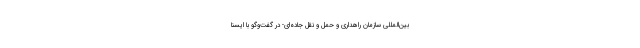
بین‌المللی سازمان راهداری و حمل و نقل جاده‌ای- در گفت‌وگو با ایسنا